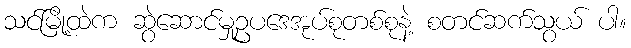
သင်မြို့ထဲက ဆွဲဆောင်မှုဥပဒေအုပ်စုတစ်စုနဲ့ စတင်ဆက်သွယ် ပါ။